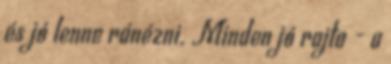
és jó lenne ránézni. Minden jó rajta - a